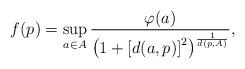
LaTeX: \begin{align*} f(p)= \sup_{a\in A}\frac{\varphi(a)}{\left(1 + \left[d(a,p)\right]^2\right)^{\frac1{d(p,A)}}}, \end{align*}